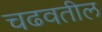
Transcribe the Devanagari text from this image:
चढवतील